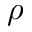
\rho